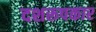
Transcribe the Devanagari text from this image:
दशरूपकार